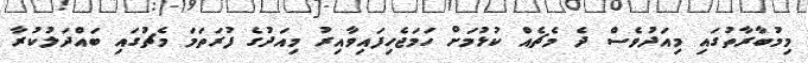
މިމުބާރާތުގައި މިއަދުވެސް ދެ މެޗެއް ކުޅުމަށް ހަމަޖެހިފައިވާއިރު މިއަދުގެ ފުރަތަމަ މެޗުގައި ބައްދަލުކުރާ